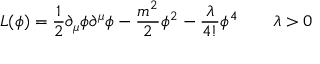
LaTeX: { \cal L } ( \phi ) = { \frac { 1 } { 2 } } \partial _ { \mu } \phi \partial ^ { \mu } \phi - { \frac { m ^ { 2 } } { 2 } } \phi ^ { 2 } - { \frac { \lambda } { 4 ! } } \phi ^ { 4 } \qquad \lambda > 0